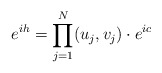
\begin{align*}e^{ih}=\prod_{j=1}^N (u_j,v_j)\cdot e^{ic}\end{align*}